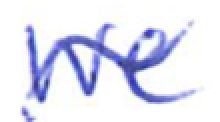
Text: We
Cross-out: wave
Writing tool: ballpoint